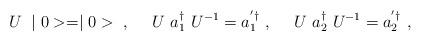
LaTeX: \begin{align*}U~\mid 0>=\mid 0>~,~~~~U~a_1^\dag~U^{-1}=a_1^{'\dag}~,~~~~U~a_2^\dag~U^{-1}=a_2^{'\dag}~,\end{align*}